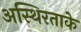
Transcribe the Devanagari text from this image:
अस्थिरताके